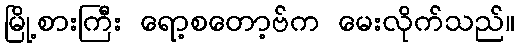
မြို့စားကြီး ရော့စတော့ဗ်က မေးလိုက်သည်။